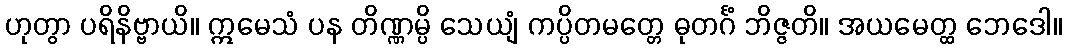
ဟုတွာ ပရိနိဗ္ဗာယိ။ ဣမေသံ ပန တိဏ္ဏမ္ပိ သေယျံ ကပ္ပိတမတ္တေ ဓုတင်္ဂံ ဘိဇ္ဇတိ။ အယမေတ္ထ ဘေဒေါ။